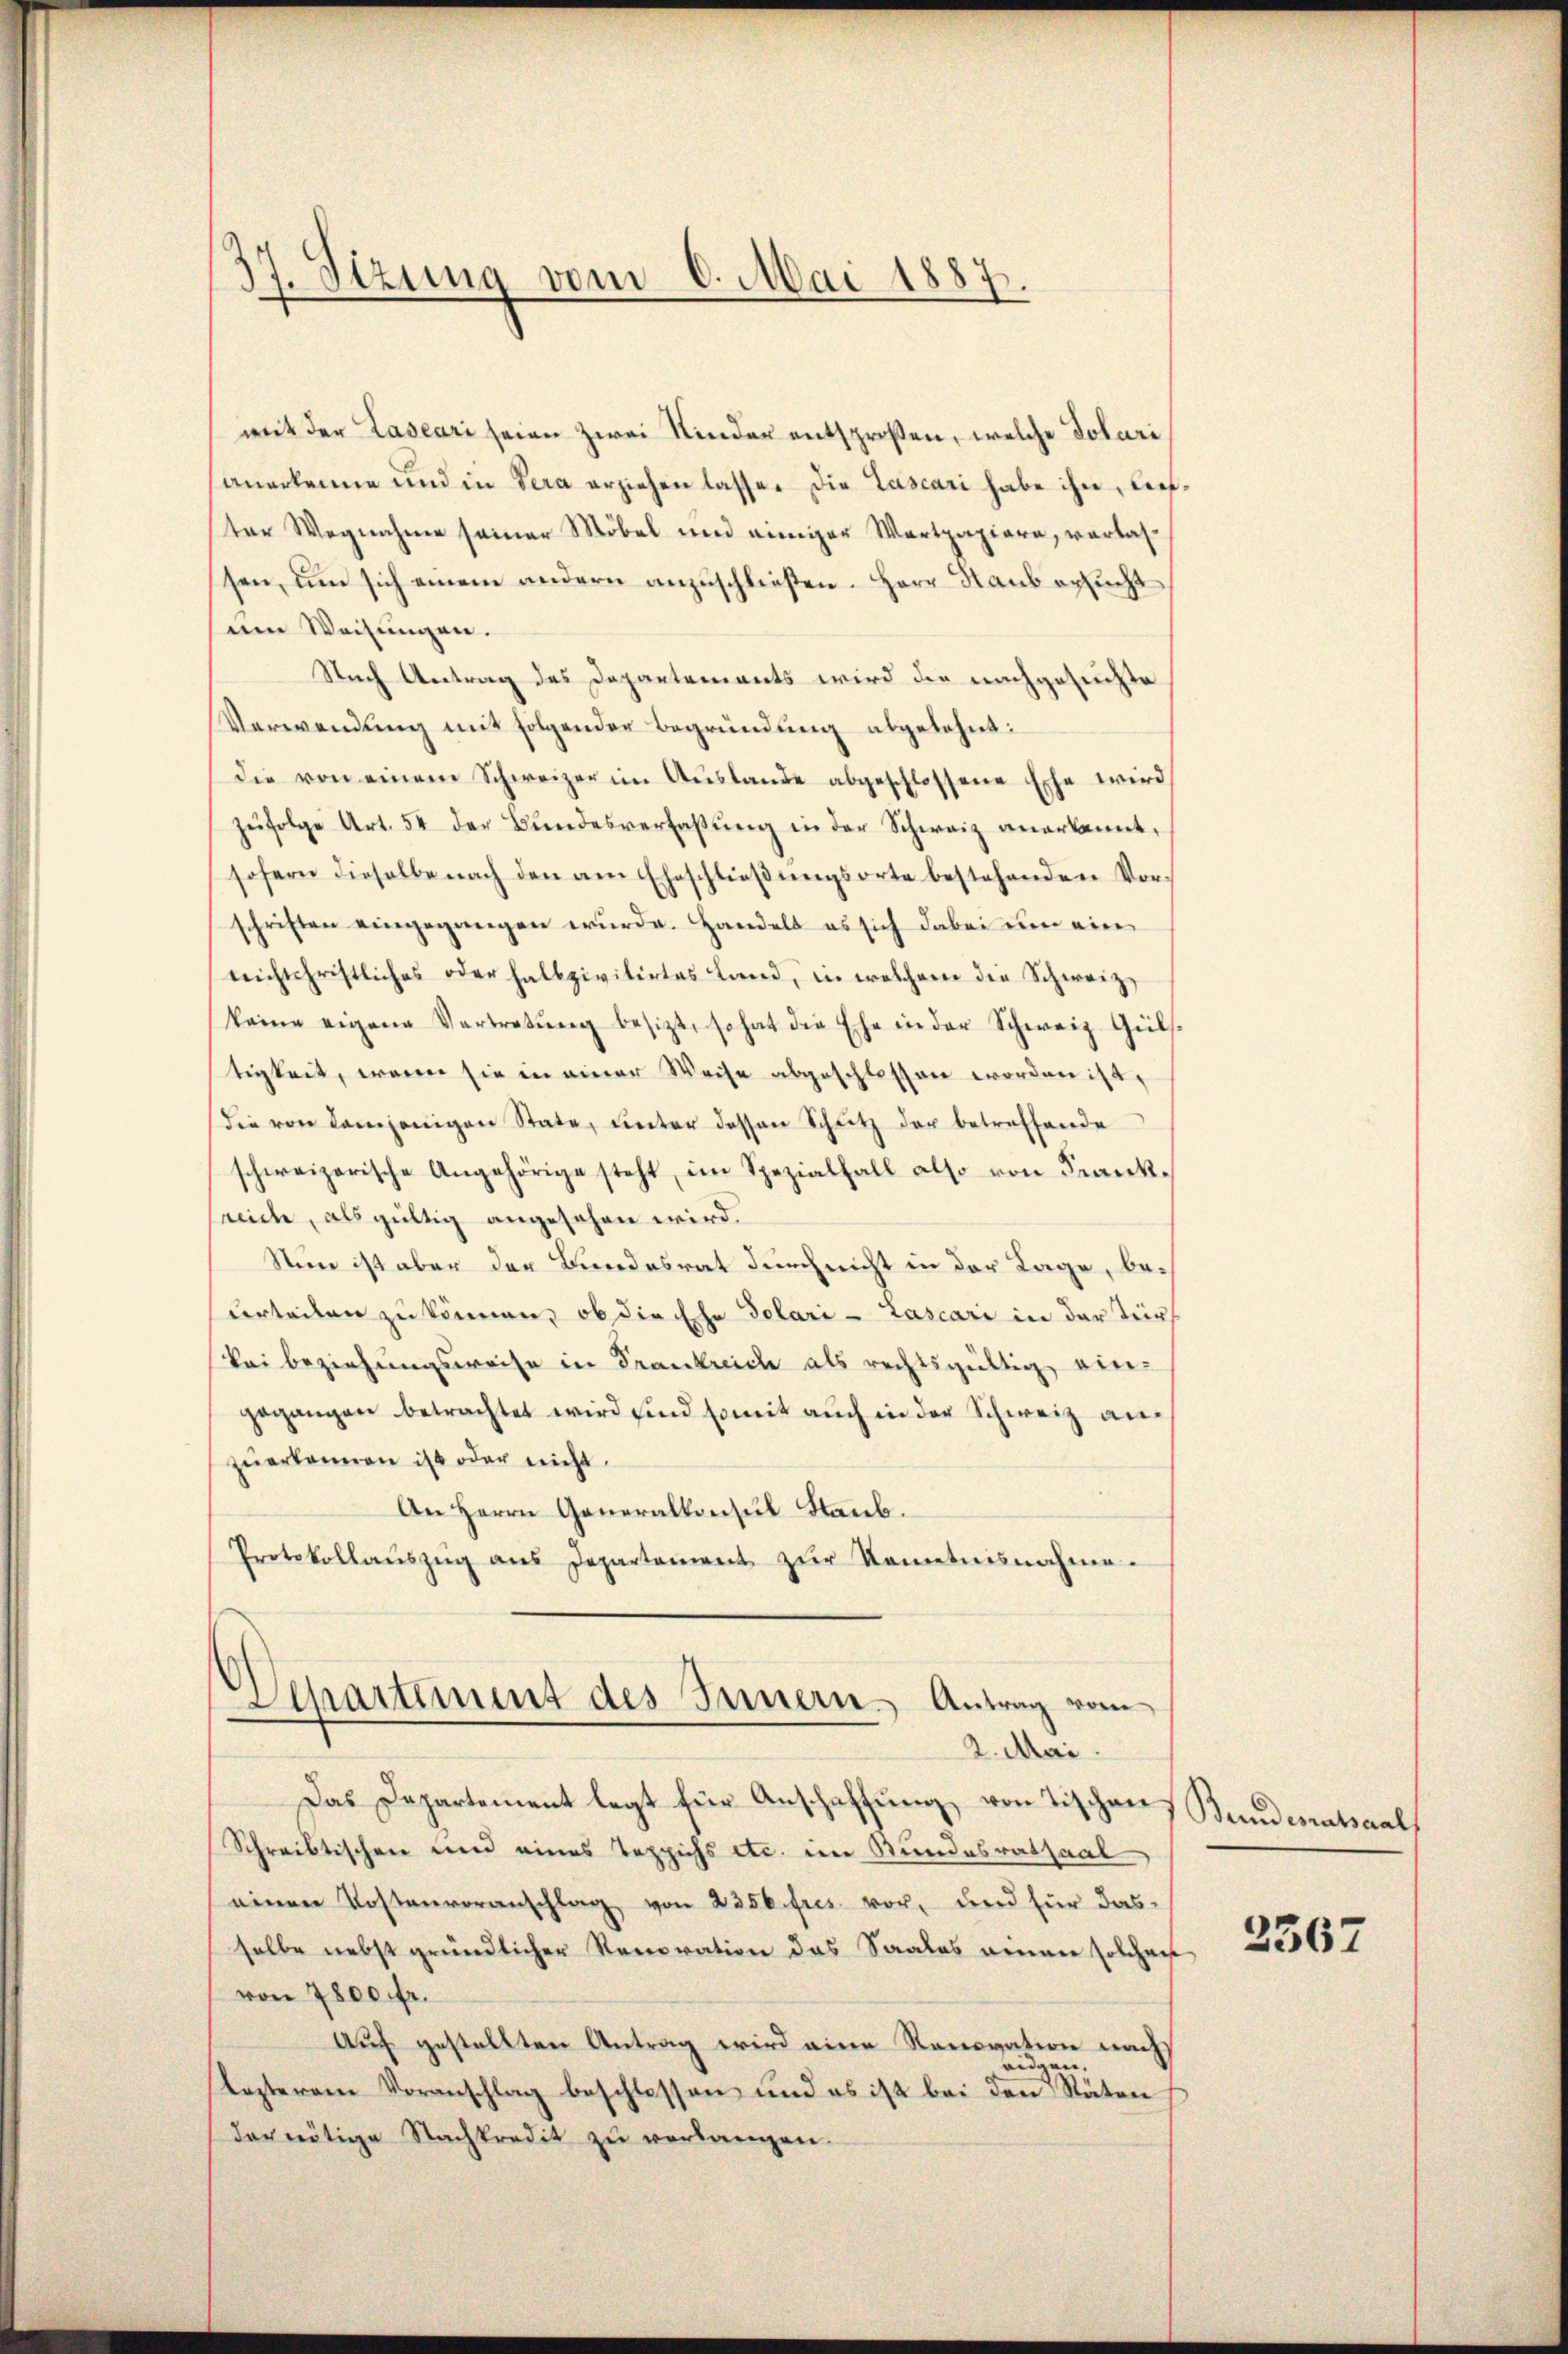
4
37. Sizung vom 6. Mai 1887.

mit der Lascari seien zwei Kinder entsprosen, welche Dotari
anerkenne und in Sera erziehen lasse. Die Lascari habe ihn, dießter Wegnahme seiner Möbel und einiger Wertpapiere, vorlassen, um sich einem andern anzuschließen. Herr Haus ersucht
um Weisungen.
Nach Antrag des Departements wird die nachgesuchte
Verwendung mit folgender Begründung abgelehnt:
die von einem Schweizer im Aŭslande abgeschlossene Ehe wird
zŭfolge Art. 54 der Bŭndesverfassŭng in der Schweiz anerkannt,
sofern dieselbe nach den am Eheschlieβŭngsorte bestehenden Vorschriften eingegangen wurde. Handelt es sich dabei um eine
reichtschristliches oder halbzivitirtes Land, in welchem die Schweiz.
keine eigene Vertretŭng besizt, so hat die Ehe in der Schweiz. Güls-
tigkeit, wenn sie in einer Weise abgeschlossen worden ist,
die von demjenigen State, unter dessen Schutz der betreffende
schweizerische Angehörige steht, im Spezialfall also von Franknicte, als gültig angesehen wird.
Nun ist aber der Bundesrat durch nicht in der Lage, beurteilen zu können, ob die Ehe dotari-Lascari in der Teich
Bei Beziehungsweise in Frankreich als rechtsgültig eingegangen betrachtet wird sind somit auch in der Schweiz anzŭerkennen ist oder nicht.
An Herrn Generalkonsul Staub.
Protokollaŭszŭg ans Departement zŭr Kenntnisnahme.
Separtement des Innern, Antrag vom
2. Mai
Das Departement legt für Anschaffung von Tischen Bundesratsaal
Schreibtischen und eines Teppichs etc. im Bundesrathaal
einen Kostenvoranschlag von 235 k. fres. vor, und für das
selbe nebst gründlicher Renovation das Saales nenner solchen
von 7800 fr.
Auf gestellten Antrag wird eine Renovation nach
dgen.
lezterem Voranschlag beschlossen und es ist bei den Stäten
der nötige Nachkredit zu verlangen.

2367